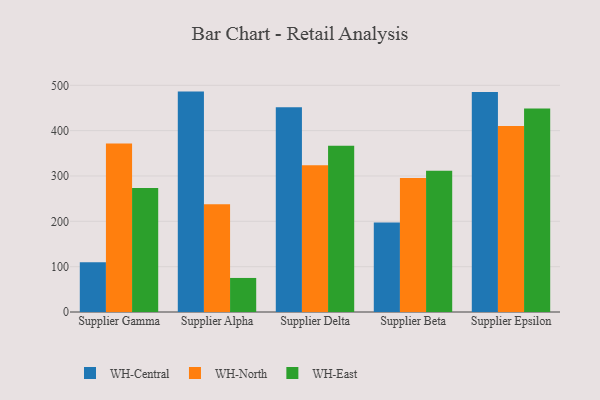
{"axis": {"x": "Supplier", "y": "Satisfaction Score"}, "legend": ["WH-Central", "WH-East", "WH-North"], "data": [{"x": "Supplier Gamma", "y": 109.7, "type": "WH-Central"}, {"x": "Supplier Gamma", "y": 371.8, "type": "WH-North"}, {"x": "Supplier Gamma", "y": 273.7, "type": "WH-East"}, {"x": "Supplier Alpha", "y": 486.1, "type": "WH-Central"}, {"x": "Supplier Alpha", "y": 237.9, "type": "WH-North"}, {"x": "Supplier Alpha", "y": 75.1, "type": "WH-East"}, {"x": "Supplier Delta", "y": 451.8, "type": "WH-Central"}, {"x": "Supplier Delta", "y": 323.7, "type": "WH-North"}, {"x": "Supplier Delta", "y": 366.6, "type": "WH-East"}, {"x": "Supplier Beta", "y": 197.3, "type": "WH-Central"}, {"x": "Supplier Beta", "y": 295.5, "type": "WH-North"}, {"x": "Supplier Beta", "y": 311.7, "type": "WH-East"}, {"x": "Supplier Epsilon", "y": 485.0, "type": "WH-Central"}, {"x": "Supplier Epsilon", "y": 410.5, "type": "WH-North"}, {"x": "Supplier Epsilon", "y": 449.0, "type": "WH-East"}]}